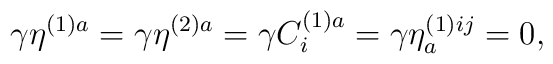
\gamma \eta ^{(1)a}=\gamma \eta ^{(2)a}=\gamma C_{i}^{(1)a}=\gamma \eta_{a}^{(1)ij}=0,